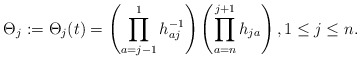
\begin{gather*}\Theta_j:=\Theta_j(t)= \left( \prod_{a=j-1}^{1} h_{aj}^{-1} \right) \left( \prod_{a=n}^{j+1} h_{ja} \right), 1 \le j \le n.\end{gather*}